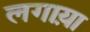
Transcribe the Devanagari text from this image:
लगाय़ा